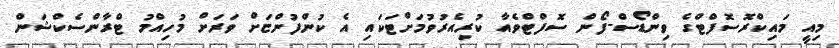
މިއީ މައިކްރޮސޮފްޓްގެ ވިންޑޯސް-ފޯން ސޮފްޓްވެއާ ކުރިއެރުވުމަށްޓަކައި އެ ކުންފުންޏަށް ވަރަށް މުހިއްމު ޓްރާންސެކްޝަން